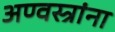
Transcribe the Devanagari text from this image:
अण्वस्त्रांना